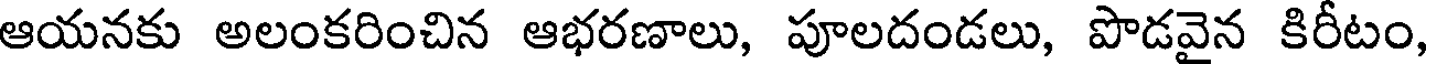
ఆయనకు అలంకరించిన ఆభరణాలు, పూలదండలు, పొడవైన కిరీటం,